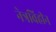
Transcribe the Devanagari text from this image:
नेत्रविहीन